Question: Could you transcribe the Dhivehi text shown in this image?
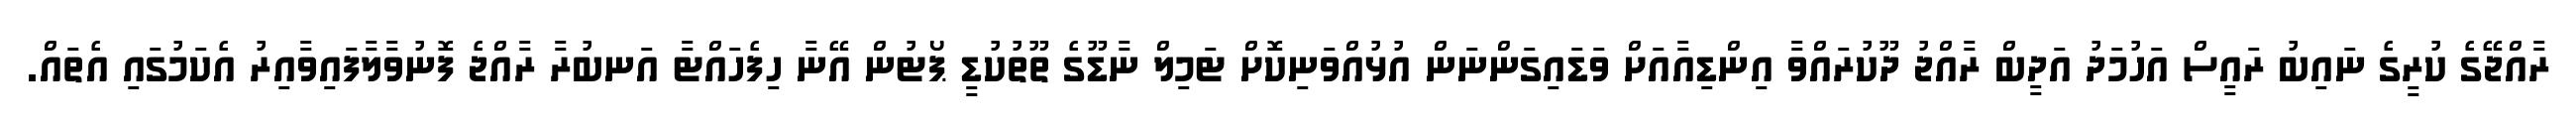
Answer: ރާއްޖޭގެ ކުރީގެ ނައިބު ރައީސް އަހުމަދު އަދީބް ރާއްޖު ދޫކުރައްވާ އިންޑިއާއަށް ވަޑައިގަންނަން އުޅުއްވަނިކޮށް ޓަމިލް ނާޑޫގެ ތޫތުކުޑީ ޕޯޓުން އޭނާ ހިފެހައްޓާ އަނބުރާ ރާއްޖެ ފޮނުވާލާފައިވާއިރު އެކަމުގައި އެތައް.